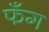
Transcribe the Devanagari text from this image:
फँग